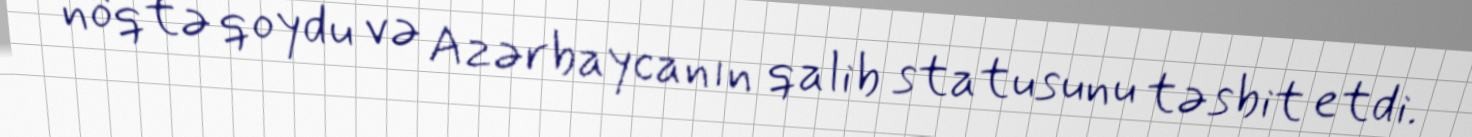
nöqtə qoydu və Azərbaycanın qalib statusunu təsbit etdi.